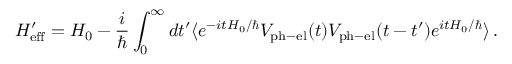
H _ { \mathrm { e f f } } ^ { \prime } = H _ { 0 } - \frac { i } { \hbar } \int _ { 0 } ^ { \infty } d t ^ { \prime } \langle e ^ { - i t H _ { 0 } / \hbar } V _ { \mathrm { p h - e l } } ( t ) V _ { \mathrm { p h - e l } } ( t - t ^ { \prime } ) e ^ { i t H _ { 0 } / \hbar } \rangle \, .